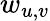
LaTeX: w_{u,v}